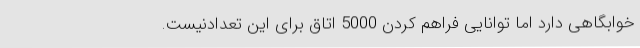
خوابگاهی دارد اما توانایی فراهم کردن 5000 اتاق برای این تعدادنیست.